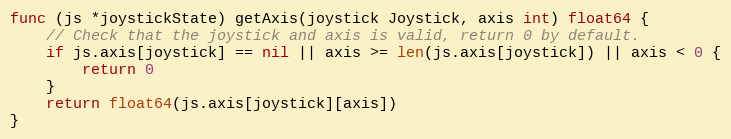
Language: Go
func (js *joystickState) getAxis(joystick Joystick, axis int) float64 {
	// Check that the joystick and axis is valid, return 0 by default.
	if js.axis[joystick] == nil || axis >= len(js.axis[joystick]) || axis < 0 {
		return 0
	}
	return float64(js.axis[joystick][axis])
}